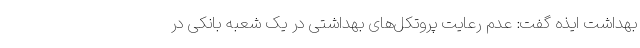
بهداشت ایذه گفت: عدم رعایت پروتکل‌های بهداشتی در یک شعبه بانکی در